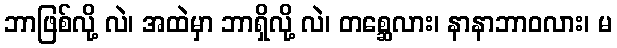
ဘာဖြစ်လို့ လဲ၊ အထဲမှာ ဘာရှိလို့ လဲ၊ တစ္ဆေလား၊ နာနာဘာဝလား၊ မ